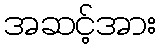
အဆင့်အား